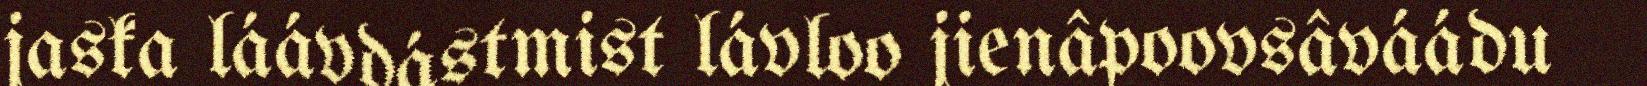
jaska láávdástmist lávloo jienâpoovsâváádu